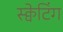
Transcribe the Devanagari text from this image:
स्क्वेटिंग